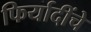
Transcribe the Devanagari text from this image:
फिर्यादींचे